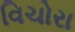
વિચોરા